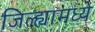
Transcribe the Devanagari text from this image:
जिल्‍ह्यामध्‍ये